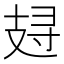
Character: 𰕁